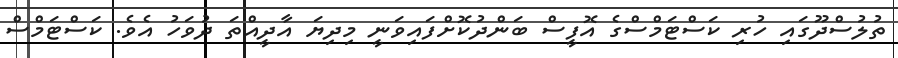
ތުލުސްދޫގައި ހުރި ކަސްޓަމްސްގެ އޮފީސް ބަންދުކޮށްފައިވަނީ މިދިޔަ އާދީއްތަ ދުވަހު އެވެ. ކަސްޓަމްސް